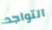
التواجد